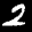
Label: 2